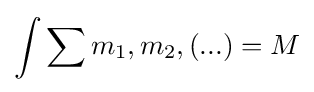
\int \sum m_{1},m_{2},(...)=M